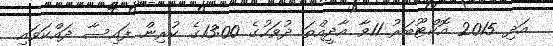
އަދި 2015 އޮކްޓޫބަރު 11ވާ އާދީއްތަ ދުވަހުގެ 13:00ގެ ކުރިން ފައިސާ ދައްކަވައި